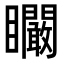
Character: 矙